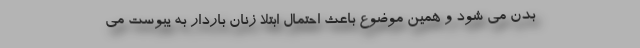
بدن می شود و همین موضوع باعث احتمال ابتلا زنان باردار به یبوست می